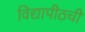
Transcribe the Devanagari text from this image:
विद्यापीठची